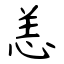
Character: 恙